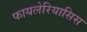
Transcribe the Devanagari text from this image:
फायलेरियासिस